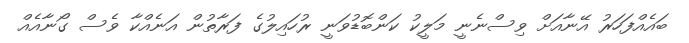
ބައެއްފަހަރު އޭނާއަށް ވިސްނެނީ މަލީކު ކަންބޮޑުވަނީ ރުހައިލުގެ ފަރާތުން އަނެއްކާ ވެސް ގޯނާއެއް